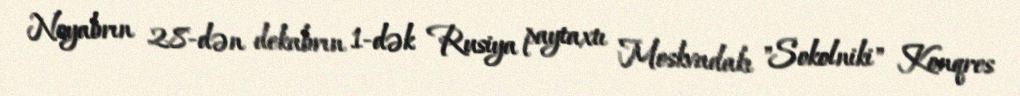
Noyabrın 28-dən dekabrın 1-dək Rusiya paytaxtı Moskvadakı "Sokolniki" Konqres